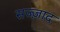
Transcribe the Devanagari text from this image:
सज्ज़ाद